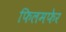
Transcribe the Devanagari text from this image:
फिलमफेर